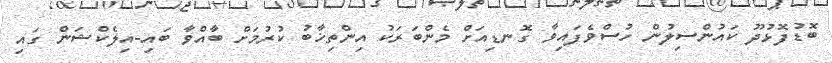
ބޮޑުފޮޅުދޫ ކައުންސިލުން ހުސްވެފައިވާ ގޮނޑިއަށް މެންބަރަކު އިންތިޚާބު ކުރުމަށް ބާއްވާ ބައި-އިލެކްޝަން ގައި